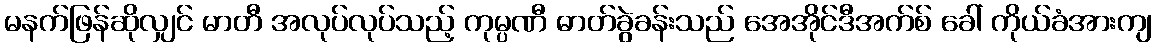
မနက်ဖြန်ဆိုလျှင် မာတီ အလုပ်လုပ်သည့် ကုမ္ပဏီ ဓာတ်ခွဲခန်းသည် အေအိုင်ဒီအက်စ် ခေါ် ကိုယ်ခံအားကျ